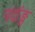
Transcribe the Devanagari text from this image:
पदांङ्ग